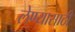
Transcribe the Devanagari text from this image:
लेण्यासाठी